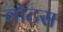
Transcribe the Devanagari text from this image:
वॉटस